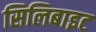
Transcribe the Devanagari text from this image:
सिलिबाइट